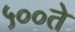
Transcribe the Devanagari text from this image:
५००ते